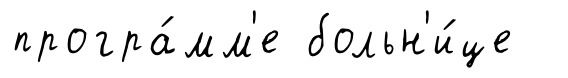
програ́мм'е больн'и́це